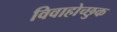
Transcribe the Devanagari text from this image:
विवाहोच्छुक